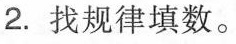
2. 找规律填数。